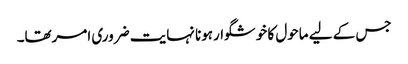
جس کے لیے ماحول کا خوشگوارہونا نہایت ضروری امرتھا۔